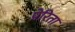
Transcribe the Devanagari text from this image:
प्रेरिता